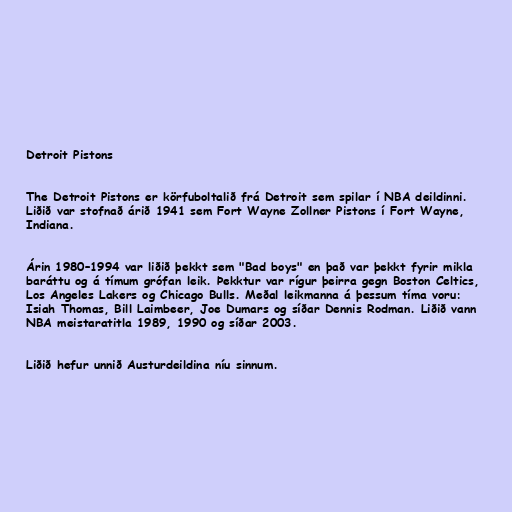
Detroit Pistons

The Detroit Pistons er körfuboltalið frá Detroit sem spilar í NBA deildinni.
Liðið var stofnað árið 1941 sem Fort Wayne Zollner Pistons í Fort Wayne,
Indiana.

Árin 1980–1994 var liðið þekkt sem "Bad boys" en það var þekkt fyrir mikla
baráttu og á tímum grófan leik. Þekktur var rígur þeirra gegn Boston Celtics,
Los Angeles Lakers og Chicago Bulls. Meðal leikmanna á þessum tíma voru:
Isiah Thomas, Bill Laimbeer, Joe Dumars og síðar Dennis Rodman. Liðið vann
NBA meistaratitla 1989, 1990 og síðar 2003.

Liðið hefur unnið Austurdeildina níu sinnum.